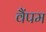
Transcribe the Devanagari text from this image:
वैंपम